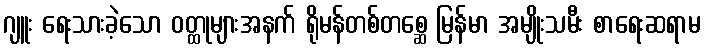
ဂျူး ရေးသားခဲ့သော ဝတ္ထုများအနက် ရိုမန်တစ်တစ္ဆေ မြန်မာ အမျိုးသမီး စာရေးဆရာမ